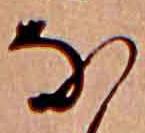
な